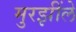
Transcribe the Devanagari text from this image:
मुरझींले